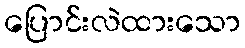
ပြောင်းလဲထားသော